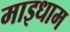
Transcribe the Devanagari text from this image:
माइधाम